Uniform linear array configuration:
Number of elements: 48
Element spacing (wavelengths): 1
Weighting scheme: kaiser
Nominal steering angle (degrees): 0
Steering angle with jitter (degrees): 1.755
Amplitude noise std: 0.05
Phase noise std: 0.05

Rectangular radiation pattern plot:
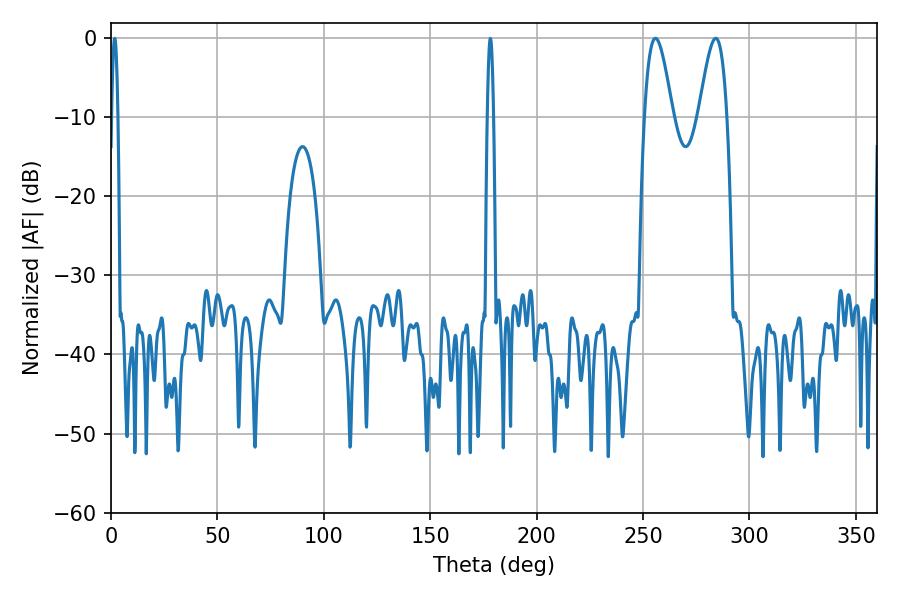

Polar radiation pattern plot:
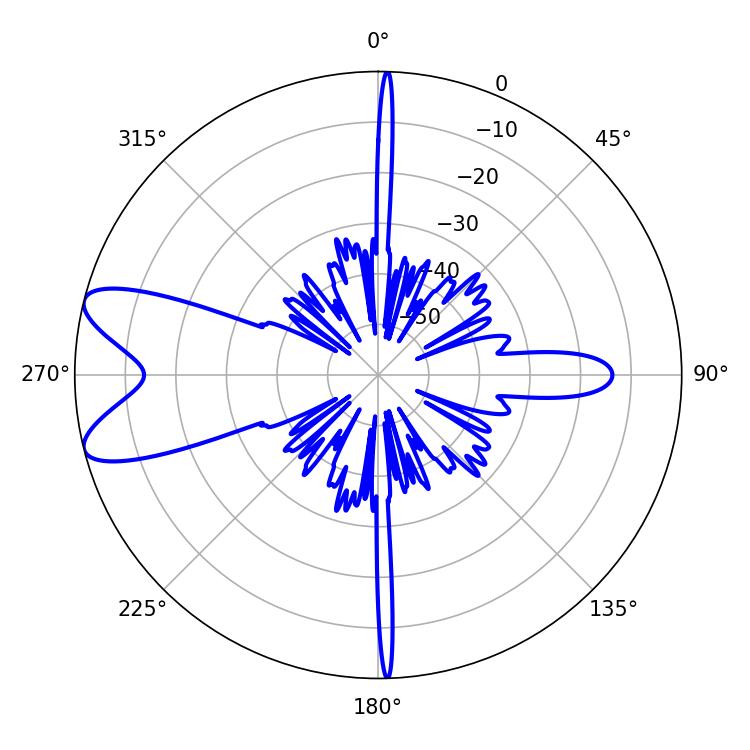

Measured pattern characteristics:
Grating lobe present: TRUE
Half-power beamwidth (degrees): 7.2
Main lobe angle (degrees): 255.78